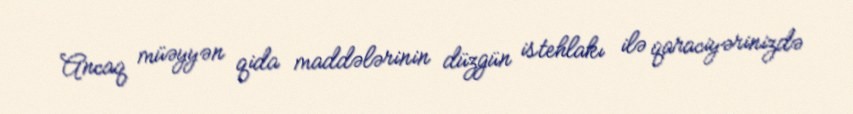
Ancaq müəyyən qida maddələrinin düzgün istehlakı ilə qaraciyərinizdə